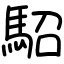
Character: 駋